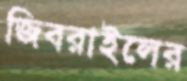
জিবরাইলের